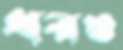
ধরও